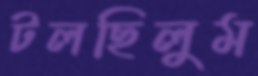
টলছিলুম